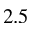
2 . 5